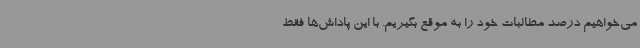
می‌خواهیم درصد مطالبات خود را به موقع بگیریم. با این پاداش‌ها فقط